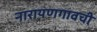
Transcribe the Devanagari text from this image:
नारायणगावची